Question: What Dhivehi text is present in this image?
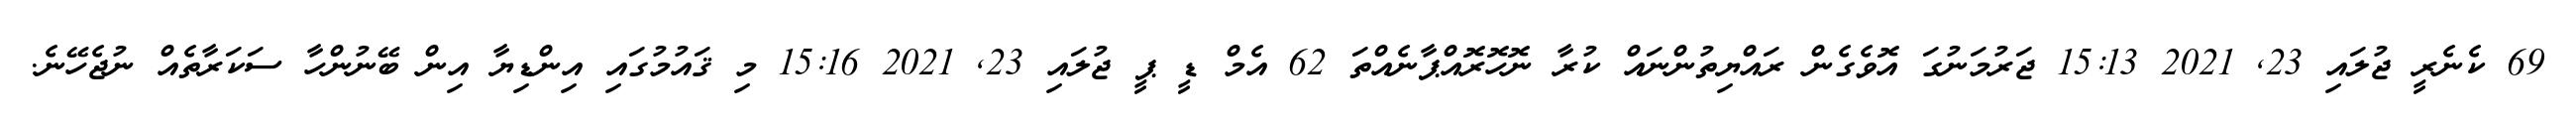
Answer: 69 ކެނެރީ ޖުލައި 23, 2021 15:13 ޖަރުމަނުގަ އޮވެގެން ރައްޔިތުންނައް ކުރާ ނޮހޮރޮއްޕާނެއްތަ 62 އެމް ޑީ ޕީ ޖުލައި 23, 2021 15:16 މި ޤައުމުގައި އިންޑިޔާ އިން ބޭނުންހާ ސަކަރާތެއް ނުޖެހޭނެ.